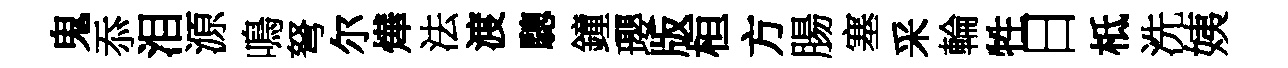
鬼忝泪源鳴弩尔燁法渡驄鐘瓔版桓方腸塞采輪牲日柢洗姨